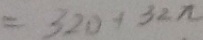
= 3 2 0 + 3 2 \pi